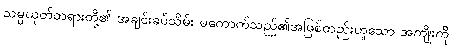
သမ္ပယုတ်တရားတို့၏ အချင်းခပ်သိမ်း မကောက်သည်၏အဖြစ်တည်းဟူသော အကျိုးကို